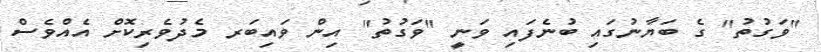
"ވަގުތު" ގެ ބަޔާނުގައި ބުނެފައި ވަނީ "ވަގުތު" އިން ވައިބަރ މެދުވެރިކޮށް އެއްވެސް